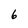
Character: 6